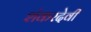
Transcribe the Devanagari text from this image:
शंकरदेवी